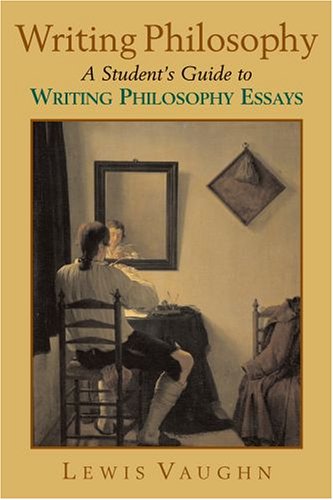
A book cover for Writing Philosophy: A Student's Guide to Writing Philosophy Essays; Lewis Vaughn; Politics & Social Sciences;